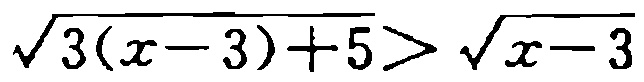
\(\sqrt{3(x - 3)+5}>\sqrt{x - 3}\)